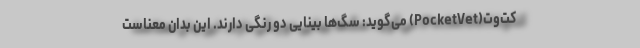
کت‌وت(PocketVet) می‌گوید: سگ‌ها بینایی دو رنگی دارند. این بدان معناست